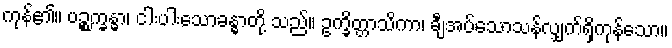
ကုန်၏။ ပဉ္စက္ခန္ဓာ၊ ငါးပါးသောခန္ဓာတို့ သည်။ ဥက္ခိတ္တာသိကာ၊ ချီအပ်သောသန်လျှက်ရှိကုန်သော။